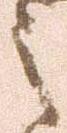
之